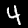
Digit: 4